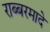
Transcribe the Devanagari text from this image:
राब्बरमादे